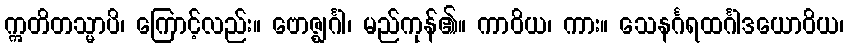
ဣတိတသ္မာပိ၊ ကြောင့်လည်း။ ဗောဇ္ဈင်္ဂါ၊ မည်ကုန်၏။ ကာဝိယ၊ ကား။ သေနင်္ဂရထင်္ဂါဒယောဝိယ၊